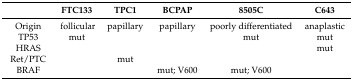
<table><thead><tr><td></td><td><b>FTC133</b></td><td><b>TPC1</b></td><td><b>BCPAP</b></td><td><b>8505C</b></td><td><b>C643</b></td></tr></thead><tbody><tr><td>Origin</td><td>follicular</td><td>papillary</td><td>papillary</td><td>poorly differentiated</td><td>anaplastic</td></tr><tr><td>TP53</td><td>mut</td><td></td><td></td><td>mut</td><td>mut</td></tr><tr><td>HRAS</td><td></td><td></td><td></td><td></td><td>mut</td></tr><tr><td>Ret/PTC</td><td></td><td>mut</td><td></td><td></td><td></td></tr><tr><td>BRAF</td><td></td><td></td><td>mut; V600</td><td>mut; V600</td><td></td></tr></tbody></table>